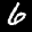
Label: 6